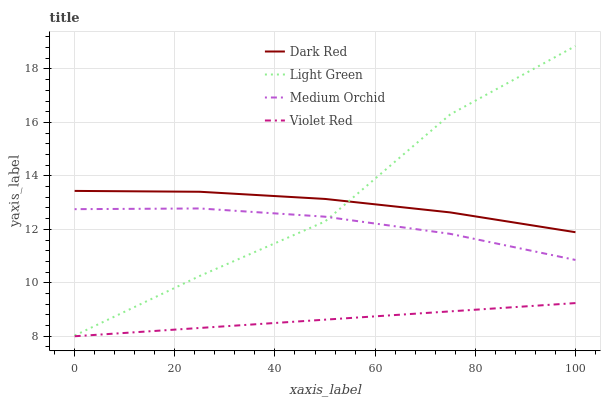
| xaxis_label | Dark Red | Light Green | Medium Orchid | Violet Red |
 | --- | --- | --- | --- | --- |
 | 0 | 13.4 | 8.03 | 12.8 | 8 |
 | 25 | 13.4 | 10.3 | 12.8 | 8.31 |
 | 50 | 13.1 | 12.3 | 12.5 | 8.62 |
 | 75 | 12.6 | 16.3 | 11.8 | 8.93 |
 | 100 | 11.9 | 18.9 | 10.9 | 9.24 |